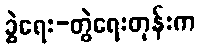
ခွဲရေး-တွဲရေးတုန်းက